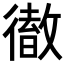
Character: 𢕿